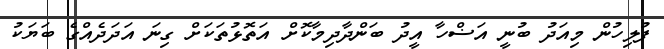
ފުލިހުން މިއަދު ބުނީ އަޟްހާ އީދު ބަންދާދިމާކޮށް އަތޮޅުތަކަށް ގިނަ އަދަދެއްގެ ބަޔަކު